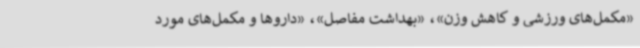
«مکمل‌های ورزشی و کاهش وزن»، «بهداشت مفاصل»، «داروها و مکمل‌های مورد